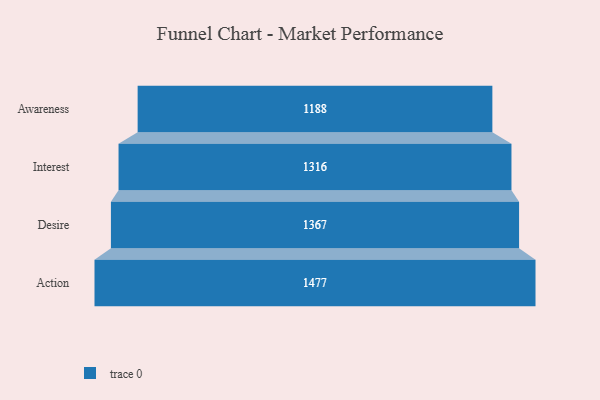
{"axis": {"x": "Stage", "y": "Value"}, "legend": [""], "data": [{"x": "Awareness", "y": 1188.0, "type": ""}, {"x": "Interest", "y": 1316.0, "type": ""}, {"x": "Desire", "y": 1367.0, "type": ""}, {"x": "Action", "y": 1477.0, "type": ""}]}